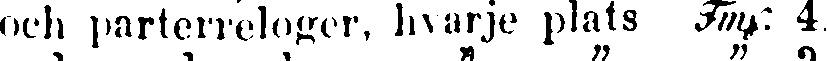
och parterreloger, hvarje plats Fmp: 4.